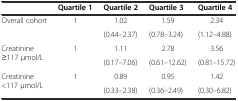
<table><thead><tr><td></td><td><b>Quartile 1</b></td><td><b>Quartile 2</b></td><td><b>Quartile 3</b></td><td><b>Quartile 4</b></td></tr></thead><tbody><tr><td rowspan="2">Overall cohort</td><td rowspan="2">1</td><td>1.02</td><td>1.59</td><td>2.34</td></tr><tr><td>(0.44–2.37)</td><td>(0.78–3.24)</td><td>(1.12–4.88)</td></tr><tr><td rowspan="2">Creatinine ≥117 μmol/L</td><td rowspan="2">1</td><td>1.11</td><td>2.78</td><td>3.56</td></tr><tr><td>(0.17–7.06)</td><td>(0.61–12.62)</td><td>(0.81–15.72)</td></tr><tr><td rowspan="2">Creatinine &lt;117 μmol/L</td><td rowspan="2">1</td><td>0.89</td><td>0.95</td><td>1.42</td></tr><tr><td>(0.33–2.38)</td><td>(0.36–2.49)</td><td>(0.30–6.82)</td></tr></tbody></table>